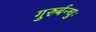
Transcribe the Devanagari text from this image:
गुरुर्बन्धुः